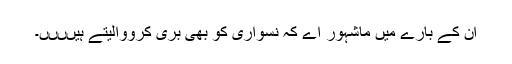
ان کے بارے میں ماشہور اے کہ نسواری کو بھی بری کرووالیتے ہیںںںں۔